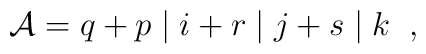
{\cal A}=q+p \; \vert \; i+r \; \vert \; j+s \; \vert \; k \; \; ,